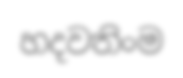
හදවතිංම